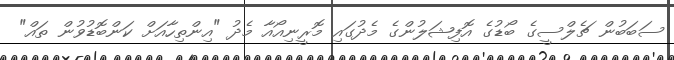
ސަބަބުން ޗެލްސީގެ ބޯޑުގެ އޮފިޝަލުންގެ މެދުގައި މޮރީނިއޯއާ މެދު "އިންތިހާއަށް ކަންބޮޑުވުން ތައް"